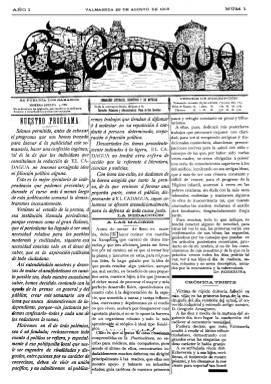
Título: El Cadagua (Valmaseda)
Colección: Revistas de información general
Ámbito geográfico: Vizcaya
Lugar de publicación: Valmaseda [Vizcaya]
Fechas: 29/08/1908-14/08/1909

Periódico de Valmaseda, Balmaseda en euskera, población de la provincia de Vizcaya que contaba cuando apareció la publicación con más de 3.000 habitantes. Fue editado entre agosto de 1908 y agosto de 1909 por Jesús Cadenas, cuñado del poeta León Felipe, y por un grupo de amigos. Las imágenes publicadas en esta Hemeroteca Digital fueron donadas en enero de 2020 por el nieto del editor, Fernando Cadenas Dapena.

   Ya en su primer número la publicación se declaraba apolítica. Es decir, en sus páginas no cabría discusión alguna sobre política dado que el interés del editor era que no sirviera para dividir a los vecinos del municipio. Su información se centraba en las noticias locales y artículos sobre literatura y ciencia, fundamentalmente.

  El nombre del periódico responde al nombre del río que pasa por Valmaseda, la primera villa fundada en Vizcaya (1199) y una de las poblaciones donde se inició la industrialización del País Vasco, con una fábrica textil hoy museo que data del siglo XIX.

   La publicación tenía periodicidad semanal, se editaba los sábados y contaba con cuatro páginas. Su única ilustración, salvo las pequeñas viñetas que acompañaban a algunos anuncios publicitarios, era el dibujo de la cabecera, que representaba el puente medieval de la localidad con el título del periódico sobreimpresionado. La última página estaba dedicada casi íntegramente a la publicidad, lo que serviría para financiar la edición.

   No debió ir mal el primer año dado que en enero de 1909 el periódico aumentó dos páginas más, hasta seis, con más información y anuncios.

   Aparte de los artículos de fondo o colaboraciones literarias, poesía sobre todo, el periódico contaba con una sección de información local, titulada De sábado a sábado, de gran importancia para la historia de la población. Su tono era amable y servía para tener al corriente a los vecinos de todo lo que ocurría en la villa por muy intrascendente que fuera. Su lectura recuerda una charla en la plaza de cualquier pueblo con los habitantes dándose las novedades del día.

   Así, por ejemplo, en el número del 12 de noviembre de 1912 nos enteramos del cumpleaños del párroco de la iglesia de San Severino, de la discusión de los presupuestos municipales, del comienzo de las clases nocturnas para adultos, de la prórroga del alquiler del frontón, de que el jefe de Correos ha permutado su puesto con un funcionario de Sahagún, que unos labradores mataron un jabalí o que ha nacido una niña hija de un matrimonio amigo del editor.

  El periódico se despidió de sus lectores el 14 de agosto de 1909 con un artículo en su portada titulado ‘A la fosa. Mi última palabra’, en el que señalaba que su desaparición se debía a ‘circunstancias excepcionales’, pero sin precisar a que se refería. Paradójicamente, este último número fue el que más páginas tuvo, hasta ocho.

[Imágenes procedentes de donativo]

[Descripción modificada el 29/08/2022]